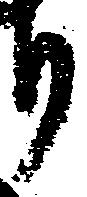
り